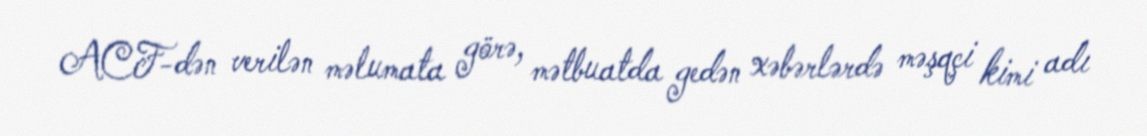
ACF-dən verilən məlumata görə, mətbuatda gedən xəbərlərdə məşqçi kimi adı